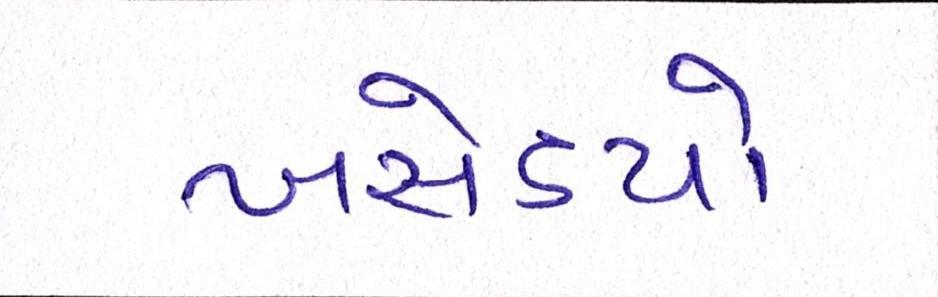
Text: ખસેડયો